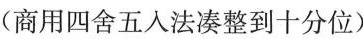
(商用四舍五入法凑整到十分位)